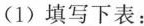
(1)填写下表：